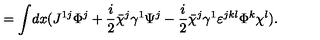
= \int \! d x ( J ^ { 1 j } \Phi ^ { j } + { \frac { i } { 2 } } \bar { \chi } ^ { j } \gamma ^ { 1 } \Psi ^ { j } - { \frac { i } { 2 } } \bar { \chi } ^ { j } \gamma ^ { 1 } \varepsilon ^ { j k l } \Phi ^ { k } \chi ^ { l } ) .